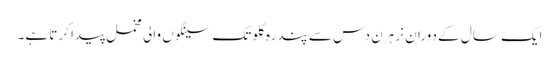
ایک سال کے دوران نر ہرن دس سے پندرہ کلو تک سینگوں والی مخمل پیدا کرتا ہے۔